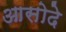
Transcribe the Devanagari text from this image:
आसोदे